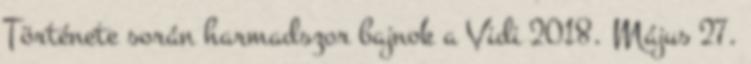
Története során harmadszor bajnok a Vidi 2018. Május 27.